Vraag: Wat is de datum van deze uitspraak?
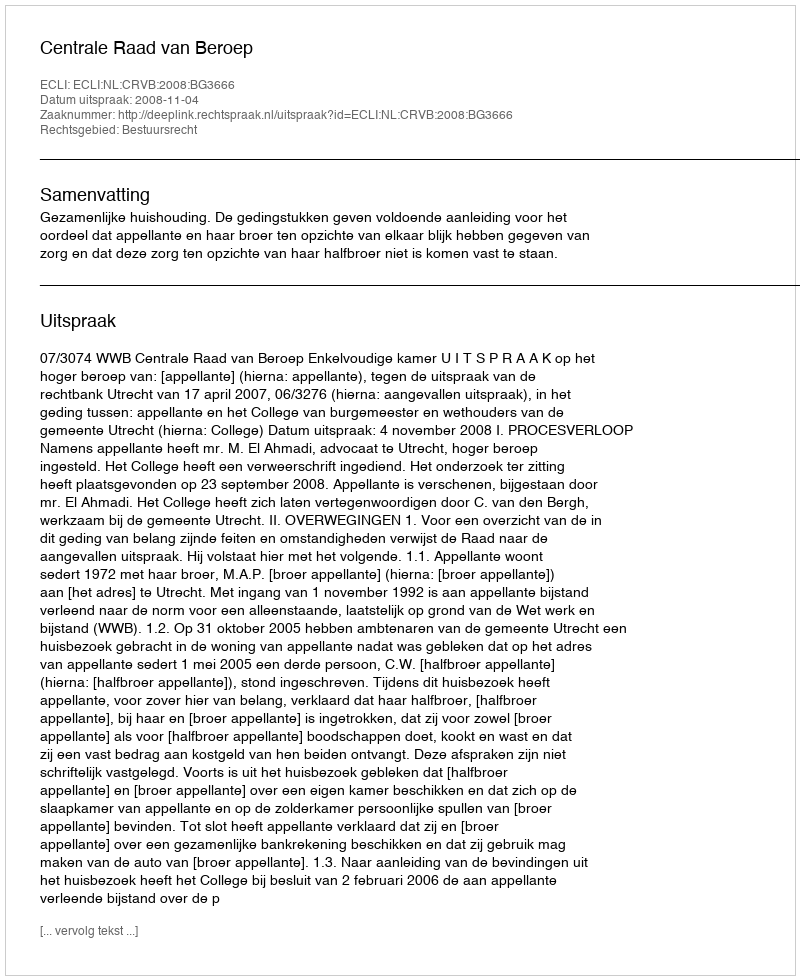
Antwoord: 2008-11-04